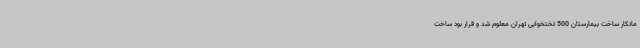
مانکار ساخت بیمارستان 500 تختخوابی تهران معلوم شد و قرار بود ساخت